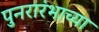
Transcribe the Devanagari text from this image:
पुनरारंभाच्या